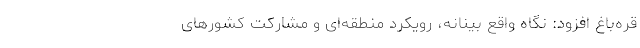
قره‌باغ افزود: نگاه واقع بینانه، رویکرد منطقه‌ای و مشارکت کشورهای